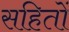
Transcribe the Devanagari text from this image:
सहितों